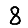
Digit: 8